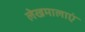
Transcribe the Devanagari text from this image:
लेखमालाएं